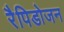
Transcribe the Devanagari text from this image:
रैपिडोजन